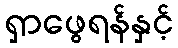
ရှာဖွေရန်နှင့်